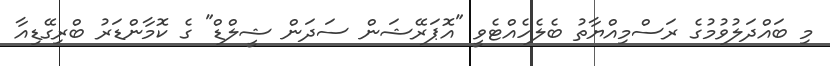
މި ބައްދަލުވުމުގެ ރަސްމިއްޔާތު ބެލެހެއްޓެވީ "އޮޕަރޭޝަން ސަދަން ޝީލްޑް" ގެ ކޮމާންޑަރު ބްރިގޭޑިއާ